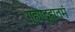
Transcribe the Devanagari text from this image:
गुह्याद्गुह्यतमं